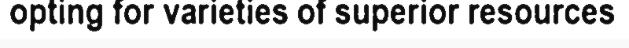
opting for varieties of superior resources